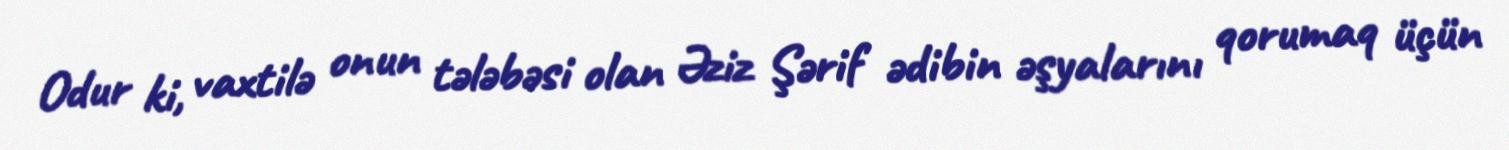
Odur ki, vaxtilə onun tələbəsi olan Əziz Şərif ədibin əşyalarını qorumaq üçün